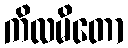
ကိလမိတော